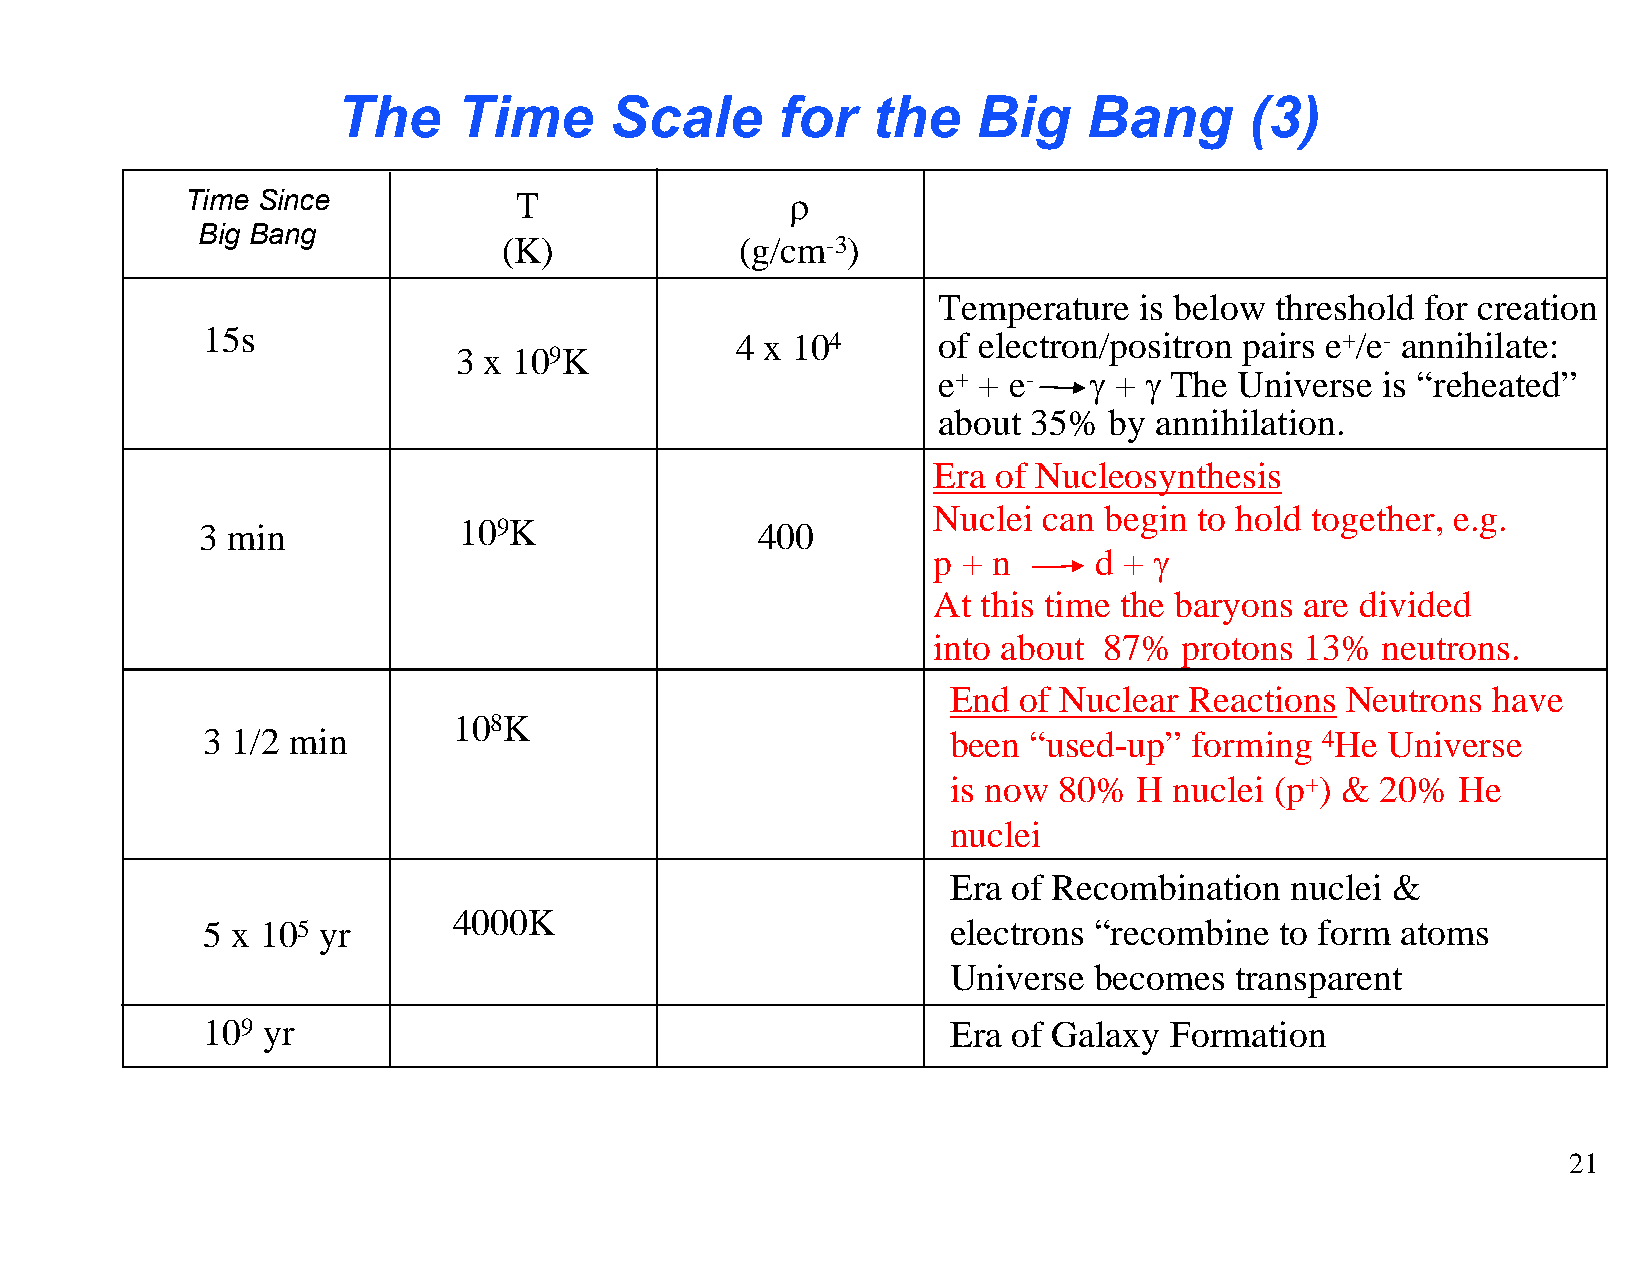
The     Time      Scale      for    the    Big    Bang       (3)
 Time Since            T                 ρ
 Big Bang
 (K)             (g/cm-3)
 Temperature  is below threshold for creation
 15s                                 4 x 104      of electron/positron pairs e+/e- annihilate:
 3 x 109K
 e+ + e-   γ + γ The Universe  is “reheated”
 about 35%  by  annihilation.
 Era of Nucleosynthesis
 Nuclei can begin to hold together, e.g.
 3 min            109K                400
 p + n     d + γ
 At this time the baryons are divided
 into about 87%  protons 13%  neutrons.
 End of Nuclear  Reactions Neutrons  have
 108K
 3 1/2 min                                         been “used-up”  forming 4He  Universe
 is now 80%  H  nuclei (p+) & 20% He
 nuclei
 Era of Recombination  nuclei &
 4000K
 5 x 105 yr                                        electrons “recombine  to form atoms
 Universe becomes   transparent
 109 yr                                            Era of Galaxy Formation
 21